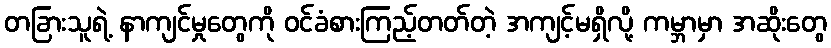
တခြားသူရဲ့ နာကျင်မှုတွေကို ဝင်ခံစားကြည့်တတ်တဲ့ အကျင့်မရှိလို့ ကမ္ဘာမှာ အဆိုးတွေ